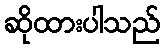
ဆိုထားပါသည်